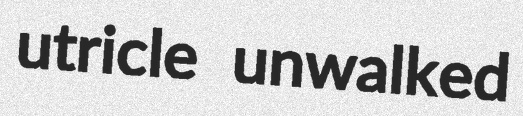
utricle unwalked